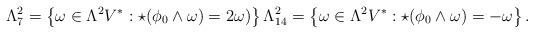
LaTeX: \begin{align*}\Lambda^2_7=\left\{\omega \in \Lambda^2V^*: \star(\phi_0 \wedge \omega) = 2 \omega) \right\} \Lambda^2_{14}=\left\{ \omega \in \Lambda^2V^*: \star(\phi_0 \wedge \omega) = - \omega \right\}. \end{align*}